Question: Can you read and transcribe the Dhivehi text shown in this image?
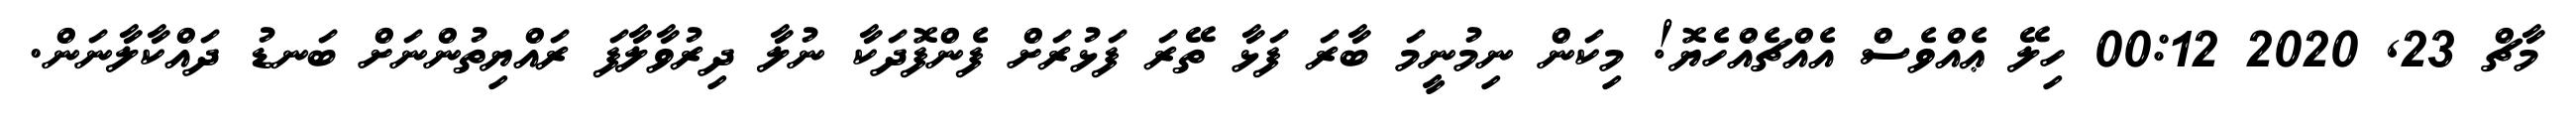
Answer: މާޗް 23, 2020 00:12 ހިލޭ ޢެއްވެސް އެއްޗެއްހެޔޮ! މިކަން ނިމުނީމަ ބާރަ ފަޅާ ތޭރަ ފަޅުރަށް ފެންފޮދަކާ ނުލާ ދިރުވާލާފަ ރައްޔިތުންނަށް ބަނޑު ދައްކާލާނަން.